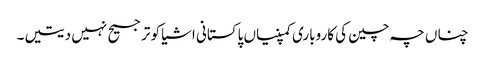
چناں چہ چین کی کاروباری کمپنیاں پاکستانی اشیا کو ترجیح نہیں دیتیں۔